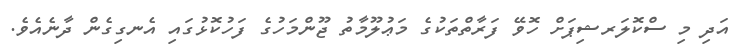
އަދި މި ސްކޮލަރޝިޕަށް ހޮވޭ ފަރާތްތަކުގެ މަޢުލޫމާތު ޖޫންމަހުގެ ފަހުކޮޅުގައި އެނގިގެން ދާނެއެވެ.